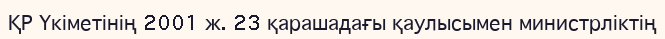
ҚР Үкіметінің 2001 ж. 23 қарашадағы қаулысымен министрліктің